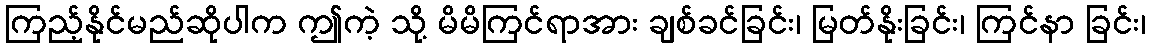
ကြည့်နိုင်မည်ဆိုပါက ဤကဲ့ သို့ မိမိကြင်ရာအား ချစ်ခင်ခြင်း၊ မြတ်နိုးခြင်း၊ ကြင်နာ ခြင်း၊